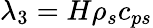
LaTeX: \lambda_{3}=H\rho_{s}c_{ps}